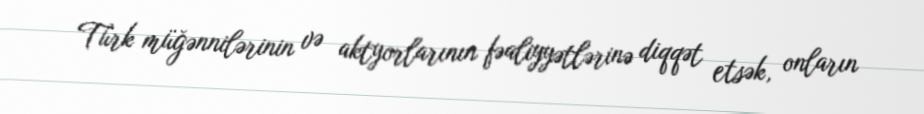
Türk müğənnilərinin və aktyorlarının fəaliyyətlərinə diqqət etsək, onların